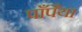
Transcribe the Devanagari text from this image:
पाँपैया